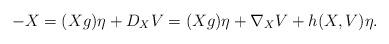
LaTeX: \begin{align*} -X = (Xg)\eta + D_XV = (Xg)\eta + \nabla_XV + h(X,V)\eta.\end{align*}